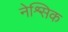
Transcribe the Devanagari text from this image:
नेश्र्सिक